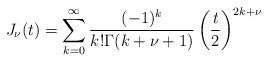
LaTeX: \begin{align*}J_\nu(t) = \sum_{k=0}^\infty \frac{(-1)^k}{k!\Gamma(k+\nu+1)}\left(\frac{t}{2}\right)^{2k+\nu}\end{align*}